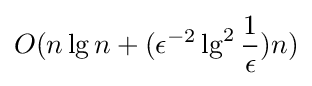
O(n\lg n+(\epsilon ^{-2}\lg ^{2}{\frac {1}{\epsilon }})n)